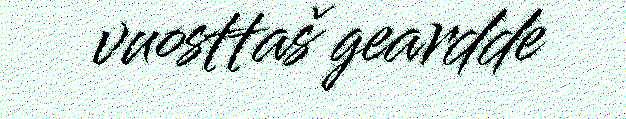
vuosttaš geardde